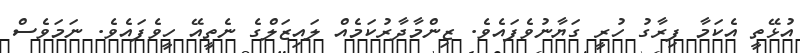
އުޅޭތީ އެކަމާ ފިރާގު ހުރީ ގަޔާނުވެފައެވެ. ޒިންމާދާރުކަމެއް ލައިޒަލްގެ ނެތީއޭ ހީވެފައެވެ. ނަމަވެސް